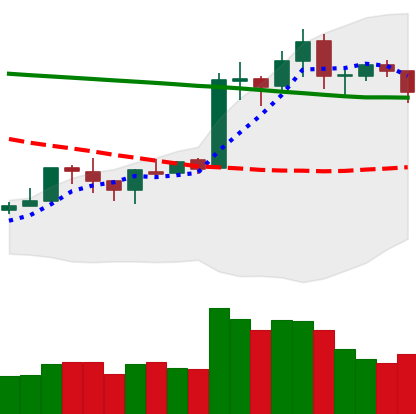
Ticker: ETH-USD
Chart end date: 2020-01-23
Forward return: 8.25%
Label: up_7plus